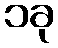
၁ခု